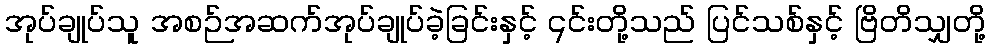
အုပ်ချုပ်သူ အစဉ်အဆက်အုပ်ချုပ်ခဲ့ခြင်းနှင့် ၎င်းတို့သည် ပြင်သစ်နှင့် ဗြိတိသျှတို့